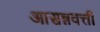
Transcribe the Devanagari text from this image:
आसन्नवर्त्ती